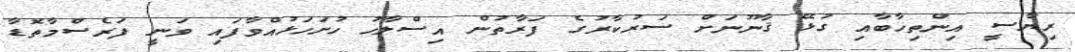
ރިޔާސީ އިންތިޚާބާއި ގުޅޭ ޤާނޫނަށް ސަރުކާރުގެ ފަރާތުން އިސްލާހު ހުށަހަޅުއްވާފައި ވަނީ ފަރެސްމާތޮޑާ